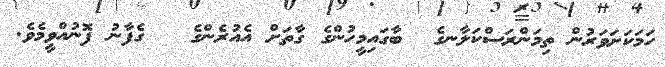
ހަމަކަށަވަރުން ތިމަންރަސްކަލާނގެ  ބާގައިމީހުންގެ ގާތަށް އެއުރެންގެ   ގެފާނު ފޮނުއްވީމެވެ.